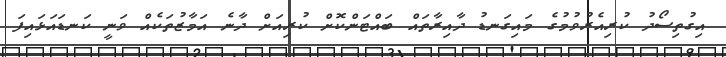
އިގުތިސޯދު ކުރިއެރުވުމުގެ މައިގަނޑު ދާއިރާތައް ބައްޓަންކޮށް ކުރިއަށް ދާނެ އަމާޒުތަކެއް ވަނީ ކަނޑައަޅައިފަ